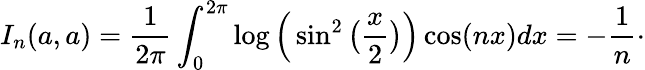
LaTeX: I_{n}(a,a)=\frac{1}{2\pi}\int_{0}^{2\pi}\log\Big(\sin^{2}\big(\frac{x}{2}\big)\Big)\cos(nx)dx=-\frac{1}{n}\cdot